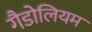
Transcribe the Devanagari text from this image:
गैडोलियम